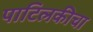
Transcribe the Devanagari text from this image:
पाटिलकीचा